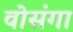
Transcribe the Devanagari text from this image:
वोसंगा